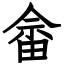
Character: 畲